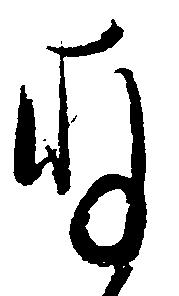
存